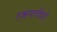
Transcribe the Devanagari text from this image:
एकपत्नीव्रती